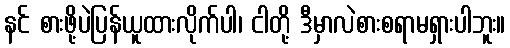
နင် စားဖို့ပဲပြန်ယူထားလိုက်ပါ၊ ငါတို့ ဒီမှာလဲစားစရာမရှားပါဘူး။